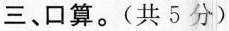
三、口算。(共5分)